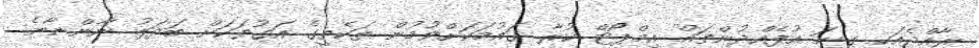
ރާއްޖެއަކީ ގިނަ އުފެއްދުންތައް އިމްޕޯޓް ކުރާ ގައުމަކަށްވުމުން ތަކެތީގެ އަގުތަކަށް ބަދަލު ނާންނާނެ